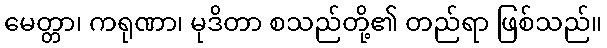
မေတ္တာ၊ ကရုဏာ၊ မုဒိတာ စသည်တို့၏ တည်ရာ ဖြစ်သည်။